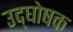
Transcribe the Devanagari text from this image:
उद्‍घोषक